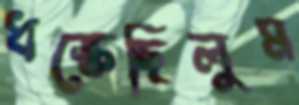
ধস্‌কেছিলুম